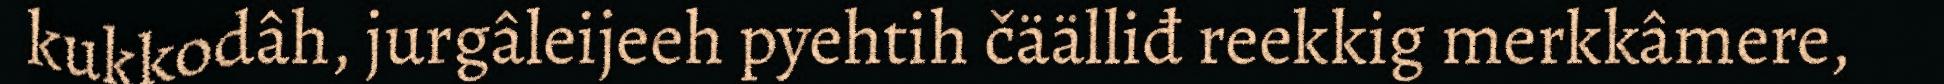
kukkodâh, jurgâleijeeh pyehtih čäälliđ reekkig merkkâmere,